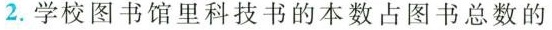
2.学校图书馆里科技书的本数占图书总数的